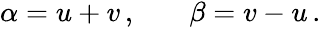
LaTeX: \begin{array}{rlr}{\alpha=u+v\, ,}&{{}}&{\beta=v-u\, .}\end{array}